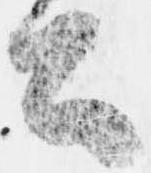
公